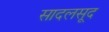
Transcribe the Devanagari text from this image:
सादलसूद